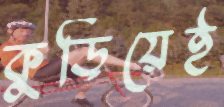
কুড়িয়েই